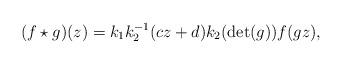
LaTeX: \begin{align*}(f \star g)(z) = k_1 k_2^{-1}(cz+d)k_2(\det(g))f(gz),\end{align*}